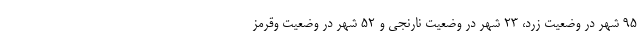
۹۵ شهر در وضعیت زرد، ۲۳ شهر در وضعیت نارنجی و ۵۲ شهر در وضعیت وقرمز